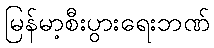
မြန်မာ့စီးပွားရေးဘဏ်